Note on the mental hospitals in Burma - 1925-1940
Year: 1925
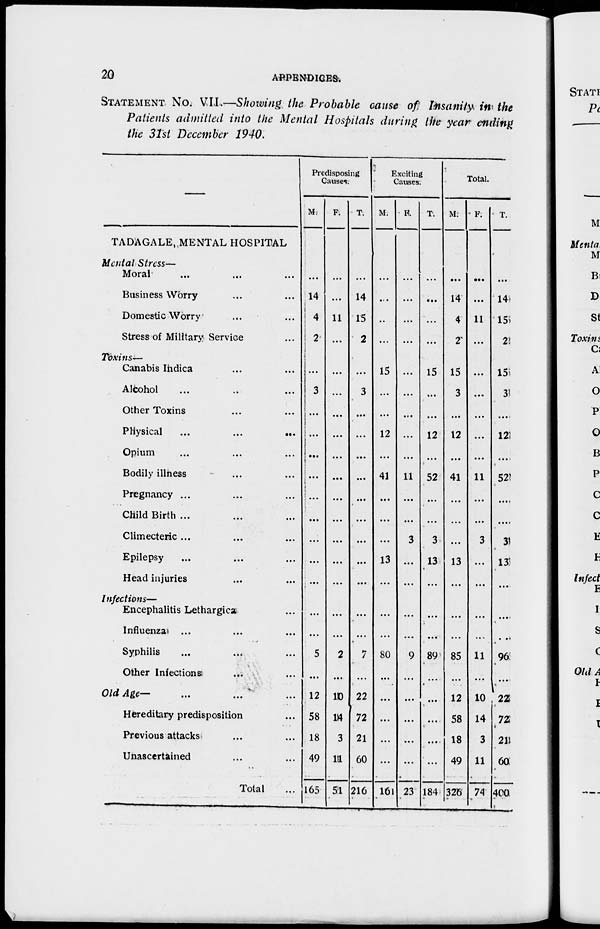
20
APPENDICES
STATEMENT No. VII.—Showing the Probable cause of Insanity in the
Patients admitted into the Mental Hospitals during the year ending
the 31st December 1940.
—
TADAGALE, MENTAL HOSPITAL
Mental Stress—
Moral ... ... ...
Business Worry ... ...
Domestic Worry ... ...
Stress of Military Service ...
Toxins—
Canabis Indica ... ...
Alcohol ... ... ...
Other Toxins ... ...
Physical
...
...
...
Opium ... ... ...
Bodily illness ... ...
Pregnancy ... ... ...
Child Birth ... ... ...
Climecteric ... ... ...
Epilepsy ... ... ...
Head injuries ... ...
Infections—
Encephalitis Lethargica ...
Influenza
... ... ...
Syphilis ... ... ...
Other Infections ... ...
Old Age— ... ... ...
Hereditary predisposition ...
Previous attacks ... ...
Unascertained ... ...
Total ...
Predisposing
Causes.
M.
...
14
4
2
...
3
...
...
...
...
...
...
...
...
...
...
...
5
...
12
58
18
49
165
F.
...
...
11
...
...
...
...
...
...
...
...
...
...
...
...
...
...
2
...
10
14
3
11
51
T.
...
14
15
2
...
3
...
...
...
...
...
...
...
...
...
...
...
7
...
22
72
21
60
216
Exciting
Causes.
M.
...
...
...
...
15
...
...
12
...
41
...
...
...
13
...
...
...
80
...
...
...
...
...
16
F.
...
...
...
...
...
...
...
...
...
11
...
...
3
...
...
...
...
9
...
...
...
...
...
23
T.
...
...
...
...
15
...
...
12
...
52
...
...
3
13
...
...
...
89
...
...
...
...
...
184
Total.
M.
...
14
4
2
15
3
...
12
...
41
...
...
...
13
...
...
...
85
...
12
58
18
49
326
F.
...
...
11
...
...
...
...
...
...
11
...
...
3
...
...
...
...
11
...
10
14
3
11
74
T.
...
14
15
2
15
3
...
12
...
52
...
...
3
13
...
...
...
96
...
22
72
21
60
400